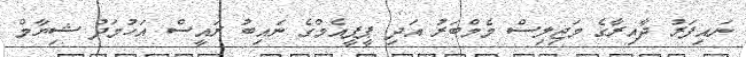
ނައިފަރު ދާއިރާގެ މަޖިލިސް މެމްބަރު އަދި ޕީޕީއެމްގެ ނައިބު ރައީސް އަހުމަދު ޝިޔާމް